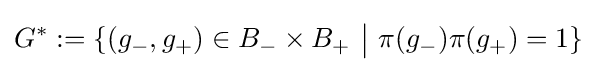
G^{*}:=\{(g_{-},g_{+})\in B_{-}\times B_{+}\ {\bigl \vert }\ \pi (g_{-})\pi (g_{+})=1\}